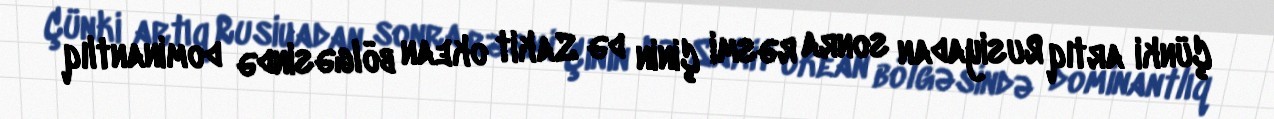
Çünki artıq Rusiyadan sonra rəsmi Çinin də Sakit okean bölgəsində dominantlıq